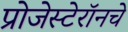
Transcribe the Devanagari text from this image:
प्रोजेस्टेरॉनचे